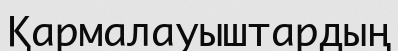
Қармалауыштардың